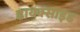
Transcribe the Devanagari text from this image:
डायक्साइड